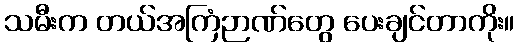
သမီးက တယ်အကြံဉာဏ်တွေ ပေးချင်တာကိုး။